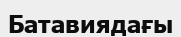
Батавиядағы